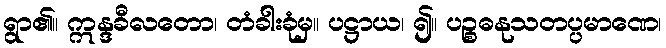
ရွာ၏။ ဣန္ဒခီလတော၊ တံခါးခုံမှ။ ပဋ္ဌာယ၊ ၍။ ပဉ္စဓနုသတပ္ပမာဏေ၊